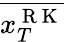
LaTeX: \overline{{x_{T}^{\mathrm{~R~K~}}}}